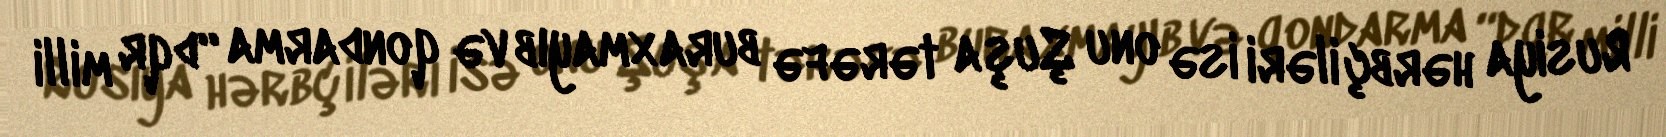
Rusiya hərbçiləri isə onu Şuşa tərəfə buraxmayıb və qondarma “dqr milli